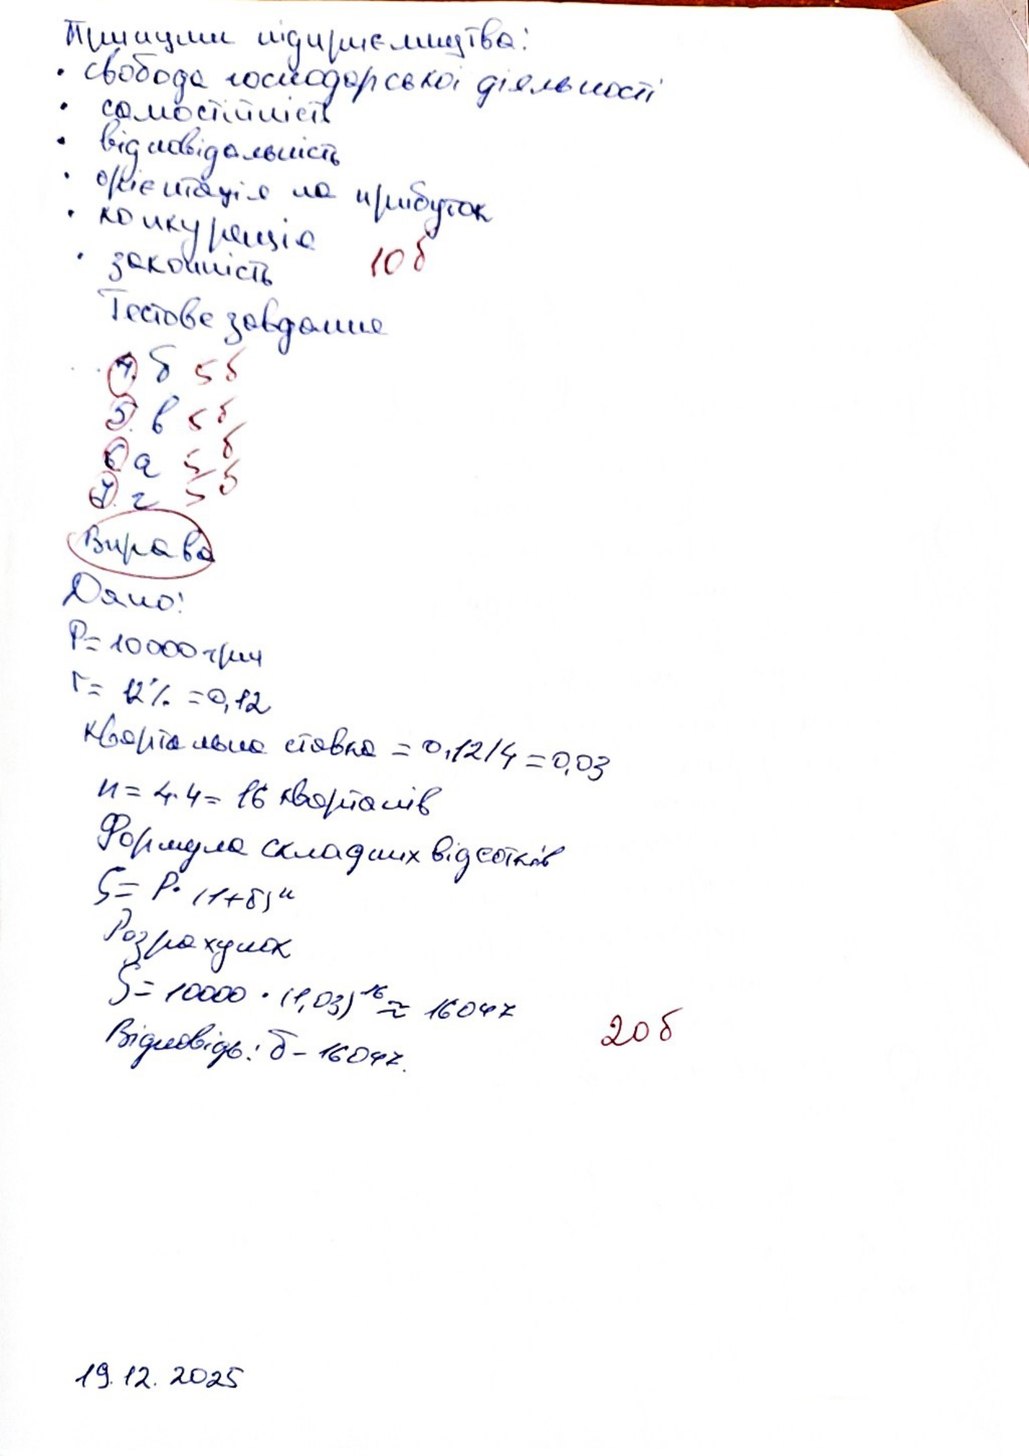
Принципи підприємства:
свобода господарської діяльності
самостійність
відповідальність
орієнтація на прибуток
конкуренція
10 б
законність
Тестове завдання
5 б
4. б
5. в
5 б
5 б
6. а
5 б
7 г
Вправа
Дано:
P = 1000 грн
r = 12% = 0,12
квартальная ставка = 0,12/4 = 0,03
n = 4 * 4 = 16 кварталів
Формула складних відсотків
S = P * (1 + б)^n
Розрахунок
S = 1000 · (1,03)^16 = 16047
20 б
Відповідь: б - 16047.
19.12.2025